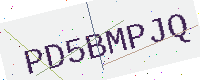
Text: PD5BMPJQ